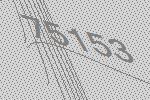
75153